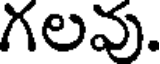
గలవు.